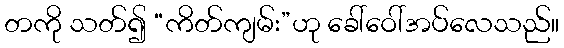
တကို သတ်၍ “ကိတ်ကျမ်း”ဟု ခေါ်ဝေါ်အပ်လေသည်။